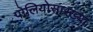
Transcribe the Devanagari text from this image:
पोलियोसारख्या